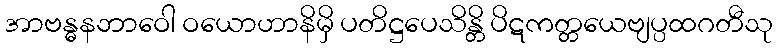
အာဗန္ဓနဘာဝေါ ဝယောဟာနိမှိ ပတိဋ္ဌပေသိန္တိ ပိဋကတ္တယေဗျပ္ပထဂတီသု